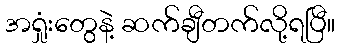
အရှုံးတွေနဲ့ ဆက်ချီတက်လို့ရပြီ။